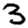
Digit: 3